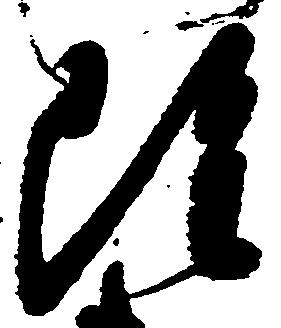
雖